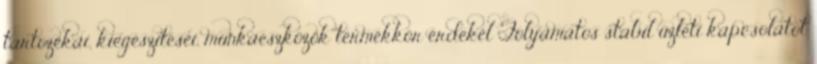
tartozékai, kiegészítései, munkaeszközök termékkör érdekel Folyamatos stabil üzleti kapcsolatot